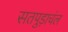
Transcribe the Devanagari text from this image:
सतपुड़ाचंल